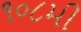
૧૦૮મી